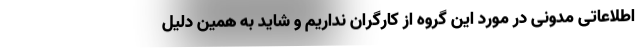
اطلاعاتی مدونی در مورد این گروه از کارگران نداریم و شاید به همین دلیل